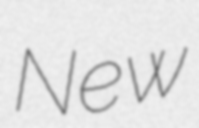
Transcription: New